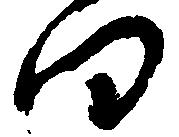
向